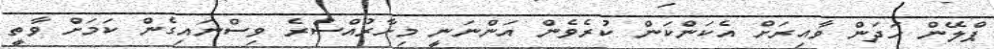
ޕްލޭން ހަދަން ވާއިރަށް އެކަންކަން ކުރެވެން އަންނަނީ މިހާރުއްސުރެ ވިސްނައިގެން ކަމަށް ވާތީ